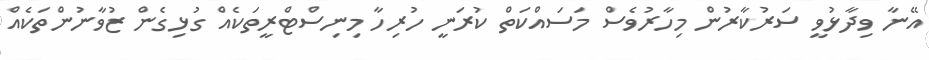
އޭނާ ވިދާޅުވީ ސަރުކާރުން މިހާރުވެސް މަސައްކަތް ކުރަނީ ހުރިހާ މިނިސްޓްރީތަކެއް ގުޅިގެން ޒުވާނުންތަކެއް